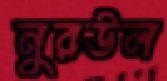
নুরউল